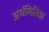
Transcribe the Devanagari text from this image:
अर्थमितिज्ञ